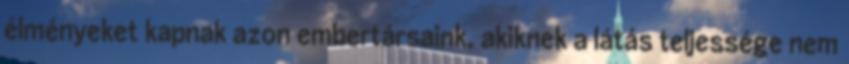
élményeket kapnak azon embertársaink, akiknek a látás teljessége nem